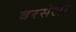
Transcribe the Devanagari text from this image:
बरसेला